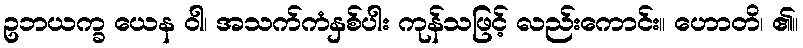
ဥဘယက္ခ ယေန ဝါ၊ အသက်ကံနှစ်ပါး ကုန်သဖြင့် လည်းကောင်း။ ဟောတိ၊ ၏။